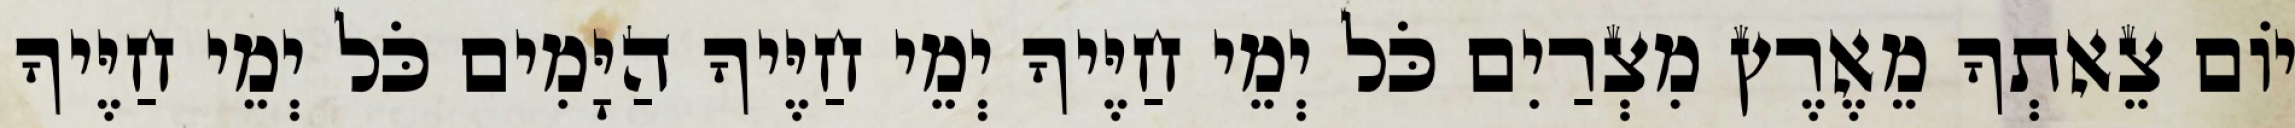
יוֹם צֵאתְךָ מֵאֶרֶץ מִצְרַיִם כֹּל יְמֵי חַיֶּיךָ יְמֵי חַיֶּיךָ הַיָּמִים כֹּל יְמֵי חַיֶּיךָ